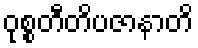
ဝုစ္စတီတိပဇာနာတိ